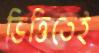
ভিত্তিতেই